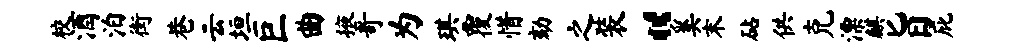
校酒泊街巷云垣巨曲掖哥为琪覆惜劾之装“奚末砧供克漂麒旨庇